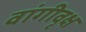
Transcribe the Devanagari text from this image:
वांगीवृक्ष